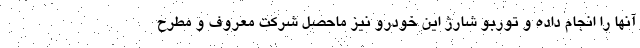
آنها را انجام داده و توربو شارژ این خودرو نیز ماحصل شرکت معروف و مطرح